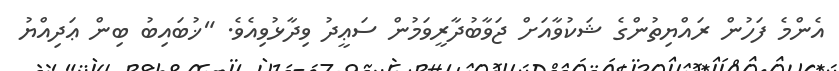
އެންމެ ފަހުން ރައްޔިތުންގެ ޝަކުވާއަށް ޖަވާބުދާރީވަމުން ސަޢީދު ވިދާޅުވިއެވެ. "ޚުބައިބު ބިން ޢަދިއްޔު